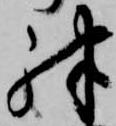
殊